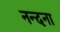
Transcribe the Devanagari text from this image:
नन्दना